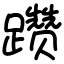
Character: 躜